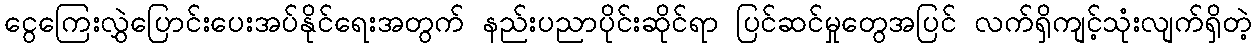
ငွေကြေးလွှဲပြောင်းပေးအပ်နိုင်ရေးအတွက် နည်းပညာပိုင်းဆိုင်ရာ ပြင်ဆင်မှုတွေအပြင် လက်ရှိကျင့်သုံးလျက်ရှိတဲ့